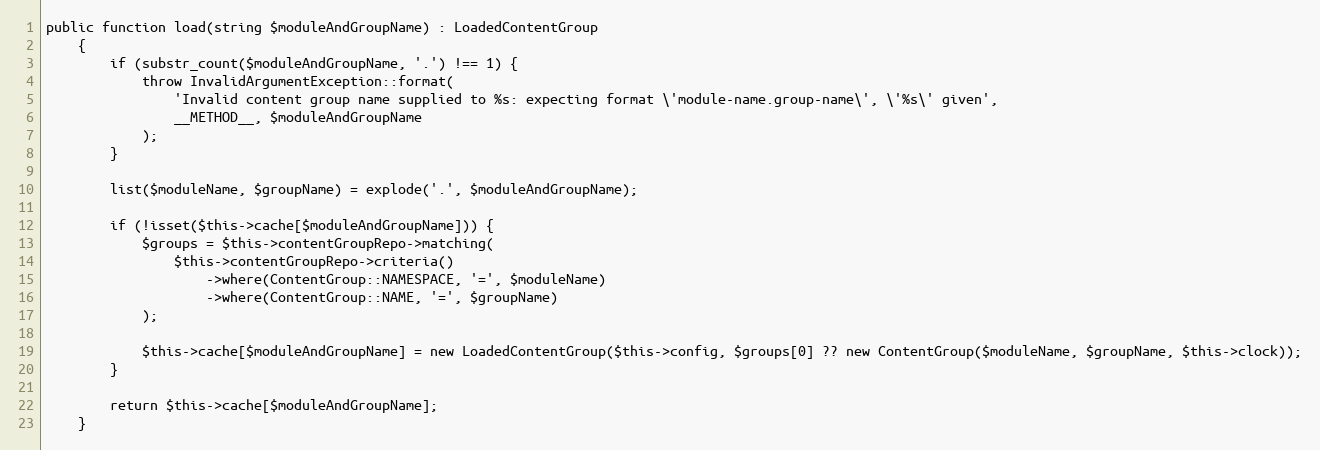
Language: PHP
public function load(string $moduleAndGroupName) : LoadedContentGroup
    {
        if (substr_count($moduleAndGroupName, '.') !== 1) {
            throw InvalidArgumentException::format(
                'Invalid content group name supplied to %s: expecting format \'module-name.group-name\', \'%s\' given',
                __METHOD__, $moduleAndGroupName
            );
        }

        list($moduleName, $groupName) = explode('.', $moduleAndGroupName);

        if (!isset($this->cache[$moduleAndGroupName])) {
            $groups = $this->contentGroupRepo->matching(
                $this->contentGroupRepo->criteria()
                    ->where(ContentGroup::NAMESPACE, '=', $moduleName)
                    ->where(ContentGroup::NAME, '=', $groupName)
            );

            $this->cache[$moduleAndGroupName] = new LoadedContentGroup($this->config, $groups[0] ?? new ContentGroup($moduleName, $groupName, $this->clock));
        }

        return $this->cache[$moduleAndGroupName];
    }